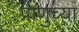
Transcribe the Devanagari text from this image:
प्राणुच्या